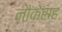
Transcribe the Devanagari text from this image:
नौकेसह